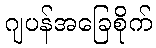
ဂျပန်အခြေစိုက်